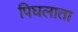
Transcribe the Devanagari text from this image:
पिघलाता